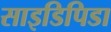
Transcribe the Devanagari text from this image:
साइडिपिडा